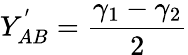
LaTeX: Y_{AB}^{'}=\frac{\gamma_{1}-\gamma_{2}}{2}